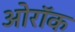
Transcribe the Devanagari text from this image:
ओरॉक